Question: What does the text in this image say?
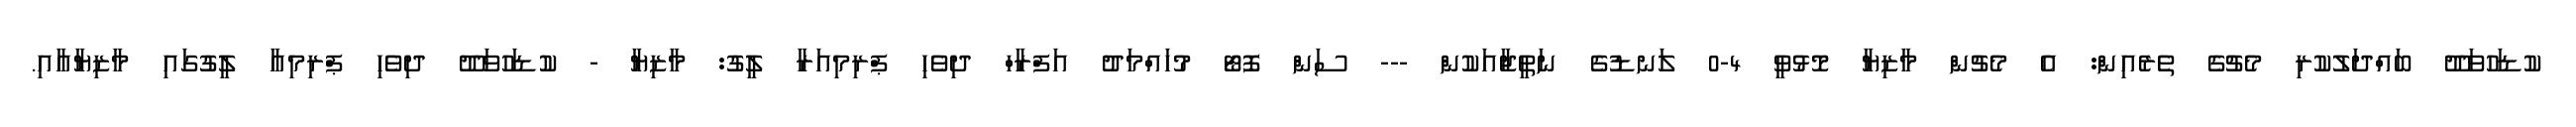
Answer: ކުޑަހުވަދޫ ބައްދަލުކުރި މެޗުގެ ތެރެއިން: އެ މެޗުން މާޒިޔާ މޮޅުވީ 4-0 ލަނޑުގެ ނަތީޖާއަކުން --- ސަން ފޮޓޯ މުހައްމަދު އަފްރާހް ދިވެހި ޕްރިމިއަރާ ލީގު: މާޒިޔާ - ކުޑަހުވަދޫ ދިވެހި ޕްރިމިއާ ލީގުގައި މާޒިޔާއާއި.